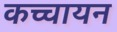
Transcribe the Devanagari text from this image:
कच्चायन